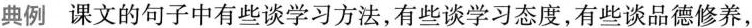
典例 课文的句子中有些谈学习方法，有些谈学习态度，有些谈品德修养，